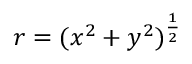
r = ( x ^ { 2 } + y ^ { 2 } ) ^ { \frac { 1 } { 2 } }